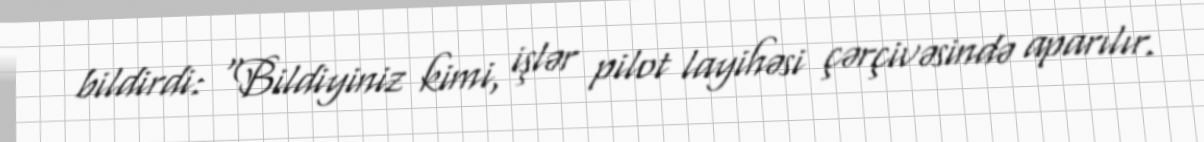
bildirdi: “Bildiyiniz kimi, işlər pilot layihəsi çərçivəsində aparılır.